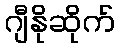
ဂျီနိုဆိုက်